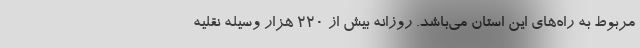
مربوط به راه‌های این استان می‌باشد. روزانه بیش از ۲۲۰ هزار وسیله نقلیه